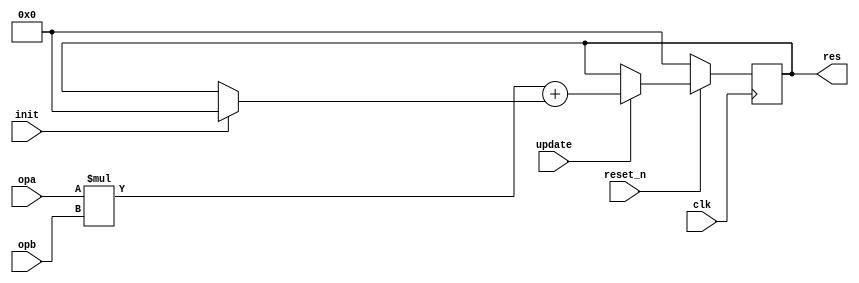
module poly1305_mulacc(
                       input wire           clk,
                       input wire           reset_n,
                       input wire           init,
                       input wire           update,
                       input wire  [63 : 0] opa,
                       input wire  [31 : 0] opb,
                       output wire [63 : 0] res
                      );
  reg [63 : 0] mulacc_res_reg;
  reg [63 : 0] mulacc_res_new;
  assign res = mulacc_res_reg;
  always @ (posedge clk)
    begin : reg_update
      if (!reset_n)
        begin
          mulacc_res_reg <= 64'h0;
        end
      else
        begin
          if (update)
            mulacc_res_reg <= mulacc_res_new;
        end
    end 
  always @*
    begin : mac_logic
      reg [63 : 0] mul_res;
      reg [63 : 0] mux_addop;
      mul_res = opa * opb;
      if (init)
        mux_addop = 64'h0;
      else
        mux_addop = mulacc_res_reg;
      mulacc_res_new = mul_res + mux_addop;
    end
endmodule